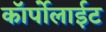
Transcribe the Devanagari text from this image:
कॉर्पोलाईट